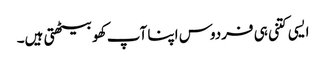
ایسی کتنی ہی فردوس اپنا آپ کھو بیٹھتی ہیں۔